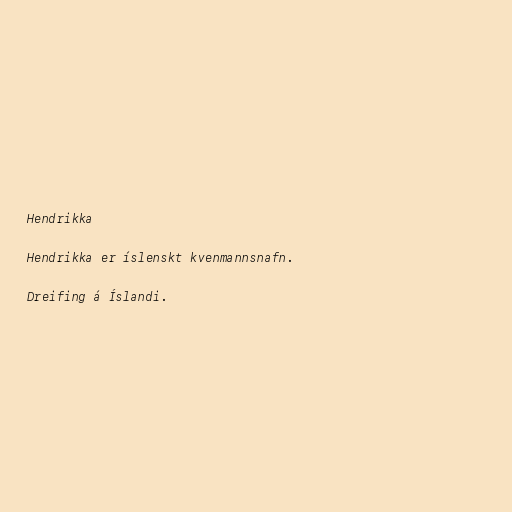
Hendrikka

Hendrikka er íslenskt kvenmannsnafn.

Dreifing á Íslandi.